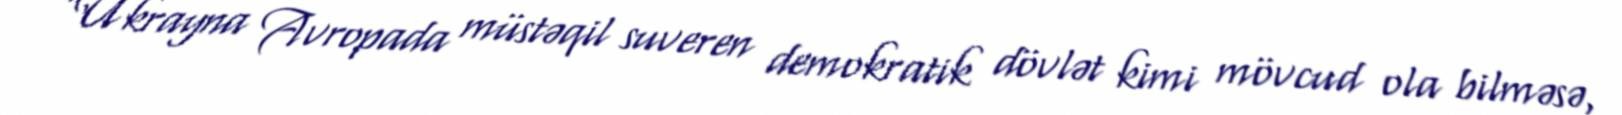
“Ukrayna Avropada müstəqil suveren demokratik dövlət kimi mövcud ola bilməsə,